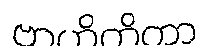
ဗာဟိတိကာ